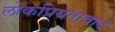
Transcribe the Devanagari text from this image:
लोकप्रियतावाद